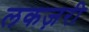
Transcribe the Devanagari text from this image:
लकज़री